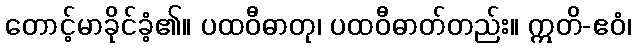
တောင့်မာခိုင်ခံ့၏။ ပထဝီဓာတု၊ ပထဝီဓာတ်တည်း။ ဣတိ-ဧဝံ၊